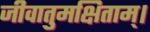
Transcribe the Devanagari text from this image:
जीवातुमक्षिताम्।